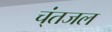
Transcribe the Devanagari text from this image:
च्ंतजल